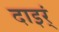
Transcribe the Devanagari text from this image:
दाइर्ं